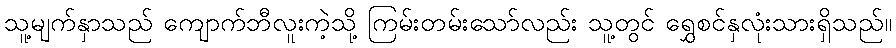
သူ့မျက်နှာသည် ကျောက်ဘီလူးကဲ့သို့ ကြမ်းတမ်းသော်လည်း သူ့တွင် ရွှေစင်နှလုံးသားရှိသည်။